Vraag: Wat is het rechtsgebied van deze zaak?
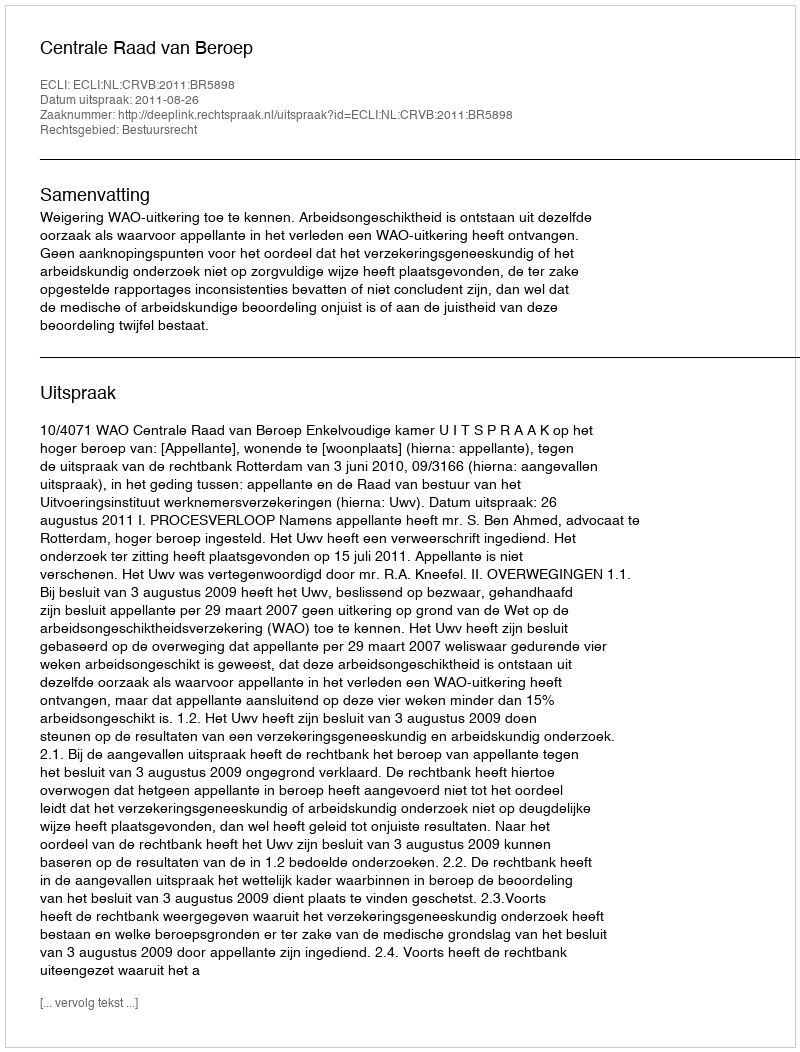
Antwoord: Bestuursrecht